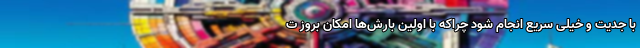
با جدیت و خیلی سریع انجام شود چراکه با اولین بارش‌ها امکان بروز ت